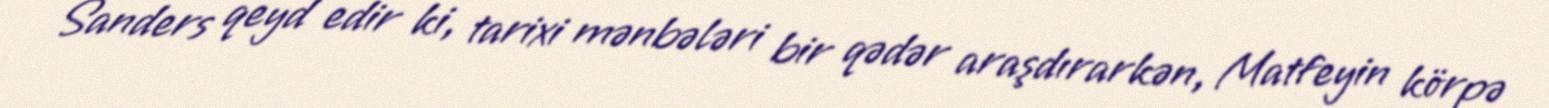
Sanders qeyd edir ki, tarixi mənbələri bir qədər araşdırarkən, Matfeyin körpə